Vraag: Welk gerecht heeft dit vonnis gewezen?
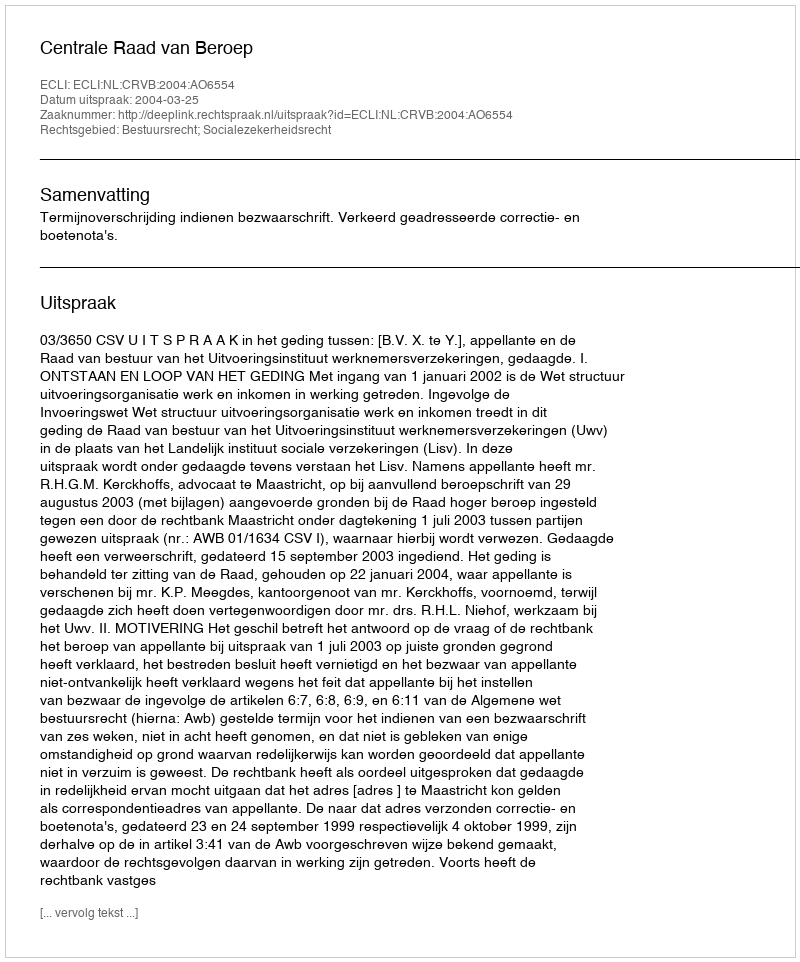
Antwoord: Centrale Raad van Beroep